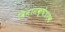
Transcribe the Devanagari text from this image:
विमानक्षेत्रएक